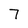
Character: 7